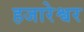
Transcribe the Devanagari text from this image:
हजारेश्वर